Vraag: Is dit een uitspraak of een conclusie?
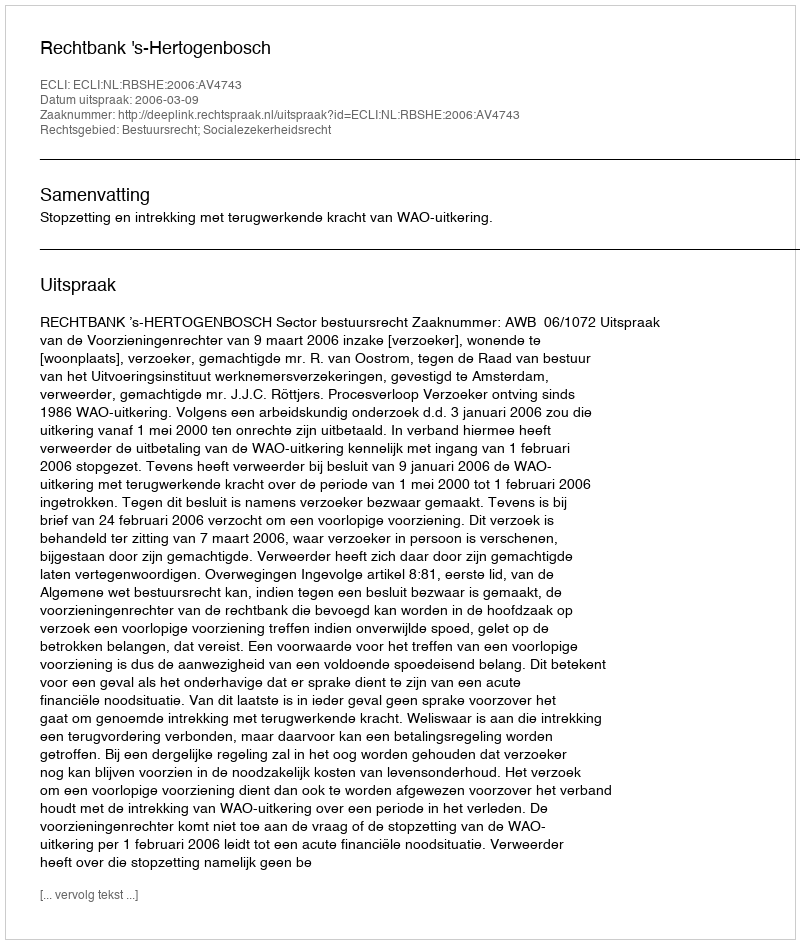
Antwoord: Uitspraak